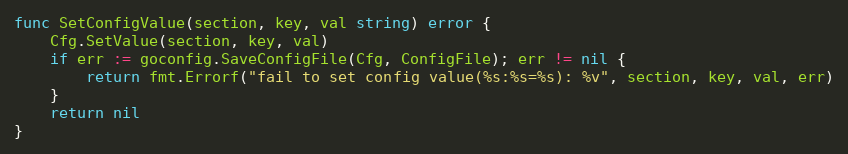
Language: Go
func SetConfigValue(section, key, val string) error {
	Cfg.SetValue(section, key, val)
	if err := goconfig.SaveConfigFile(Cfg, ConfigFile); err != nil {
		return fmt.Errorf("fail to set config value(%s:%s=%s): %v", section, key, val, err)
	}
	return nil
}